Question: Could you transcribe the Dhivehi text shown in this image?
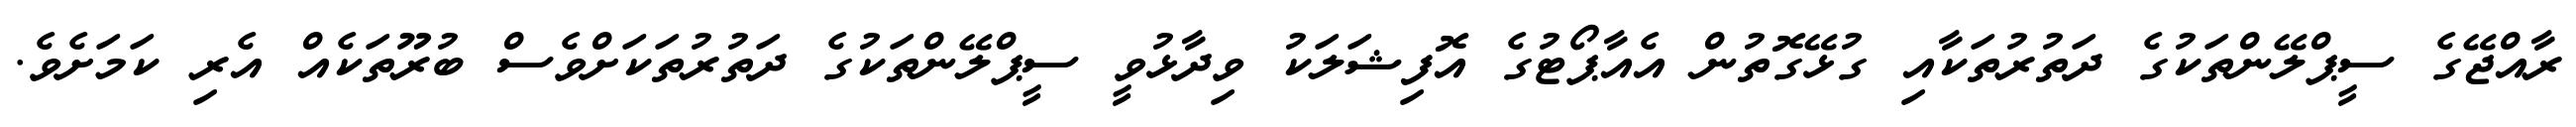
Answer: ރާއްޖޭގެ ސީޕްލޭންތަކުގެ ދަތުރުތަކާއި ގުޅޭގޮތުން އެއާޕޯޓުގެ އޮފިޝަލަކު ވިދާޅުވީ ސީޕްލޭންތަކުގެ ދަތުރުތަކަށްވެސް ބުރޫތަކެއް އެރި ކަމަށެވެ.